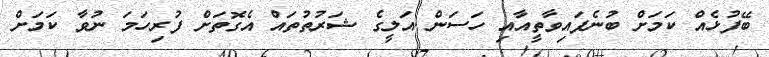
ބޭފުޅެއް ކަމަށް ބުނެފައިވާތީއާއި ހަސަން އަލީގެ ޝަރުތުތައް އެގޮތަށް ފުރިހަަމަ ނުވާ ކަމަށް